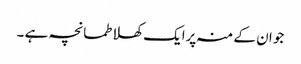
جو ان کے منہ پرایک کھلا طمانچہ ہے ۔